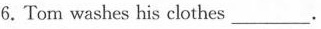
6.Tom washes his clothes___.